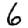
Digit: 6